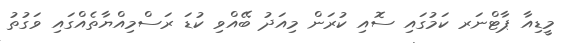
މީޑިއާ ޕާޓްނަރ ކަމުގައި ސޮއި ކުރަން މިއަދު ބޭއްވި ކުޑަ ރަސްމިއްޔާތެއްގައި ވަގުތު